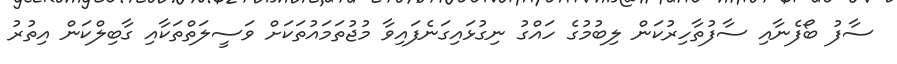
ސާފު ބޯފެނާއި ސާފުތާހިރުކަން ލިބުމުގެ ހައްގު ނިގުޅައިގަނެފައިވާ މުޖުތަމައުތަކަށް ވަސީލަތްތަކާއި ގާބިލްކަން އިތުރު